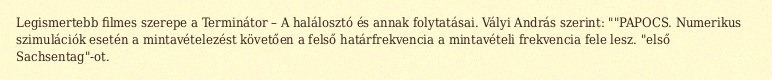
Legismertebb filmes szerepe a Terminátor – A halálosztó és annak folytatásai. Vályi András szerint: ""PAPOCS. Numerikus szimulációk esetén a mintavételezést követően a felső határfrekvencia a mintavételi frekvencia fele lesz. "első Sachsentag"-ot.